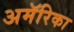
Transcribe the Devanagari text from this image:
अमॅरिका